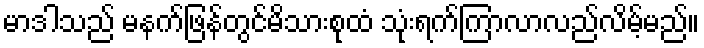
မာဒါသည် မနက်ဖြန်တွင်မိသားစုထံ သုံးရက်ကြာလာလည်လိမ့်မည်။